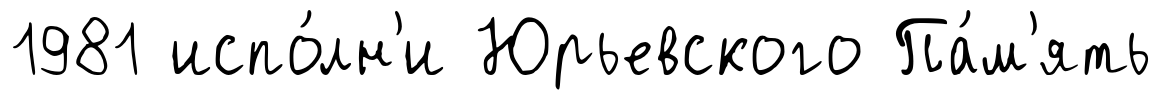
1981 испо́лн'и Юрьевского Па́м'ять